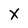
Character: X